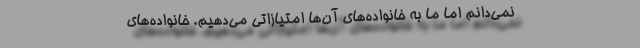
نمی‌دانم اما ما به خانواده‌های آن‌ها امتیازاتی می‌دهیم. خانواده‌های